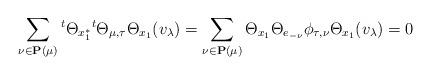
LaTeX: \begin{align*}\sum_{\nu\in\mathbf{P}(\mu)}{}^{t}\Theta_{x_1^*}{}^{t}\Theta_{\mu,\tau}\Theta_{x_1}(v_\lambda)=\sum_{\nu\in\mathbf{P}(\mu)}\Theta_{x_1}\Theta_{e_{-\nu}}\phi_{\tau,\nu}\Theta_{x_1}(v_\lambda)=0\end{align*}